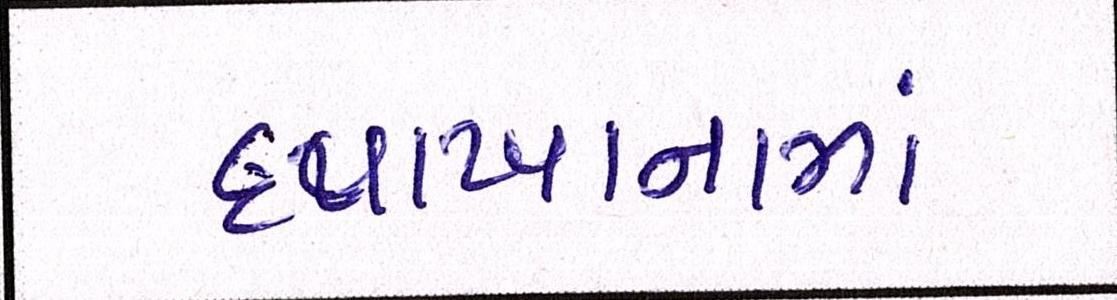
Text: દવાખાનામાં